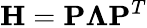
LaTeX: \mathbf{H}=\mathbf{P}\boldsymbol{\Lambda}\mathbf{P}^{T}